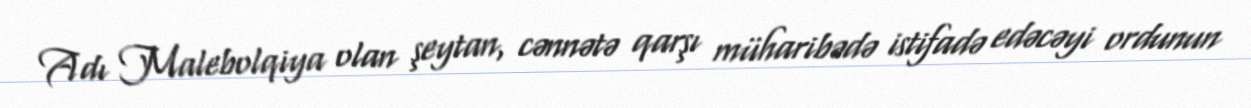
Adı Malebolqiya olan şeytan, cənnətə qarşı müharibədə istifadə edəcəyi ordunun